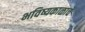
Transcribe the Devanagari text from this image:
भविष्यकाळाचे